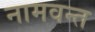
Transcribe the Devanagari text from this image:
नामवन्त